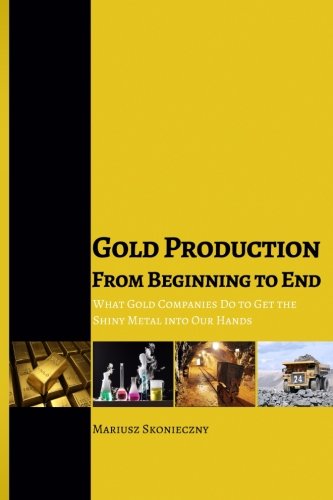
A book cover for Gold Production from Beginning to End: What Gold Companies Do to Get the Shiny Metal into Our Hands; Mariusz Skonieczny; Crafts, Hobbies & Home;